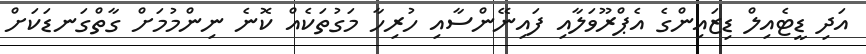
އަދި ޑީޓެއިލް ޑިޒައިންގެ އެޕްރޫވަލާއި ފައިނޭންސާއި ހުރިހާ މަގުތަކެއް ކޮނެ ނިންމުމަށް ގާތްގަނޑަކަށް